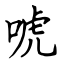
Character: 唬